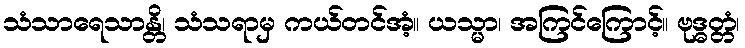
သံသာရေသာန္တိ၊ သံသရာမှ ကယ်တင်အံ့။ ယသ္မာ၊ အကြင်ကြောင့်။ ဗုဒ္ဓတ္တံ၊